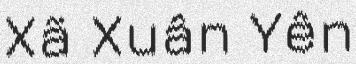
Xã Xuân Yên